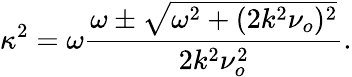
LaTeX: \kappa^{2}=\omega\frac{\omega\pm\sqrt{\omega^{2}+(2k^{2}\nu_{o})^{2}}}{2k^{2}\nu_{o}^{2}}.